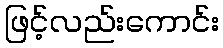
ဖြင့်လည်းကောင်း